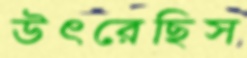
উৎরেছিস